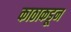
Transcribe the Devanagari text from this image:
काठाकडून